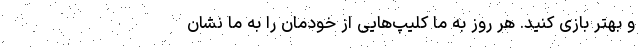
و بهتر بازی کنید. هر روز به ما کلیپ‌هایی از خودمان را به ما نشان